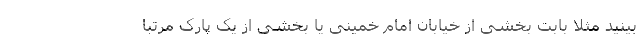
‌بینید مثلا بابت بخشی از خیابان امام خمینی یا بخشی از یک پارک مرتبا